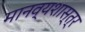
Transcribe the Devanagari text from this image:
मानव्यशास्त्र